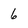
Character: 6